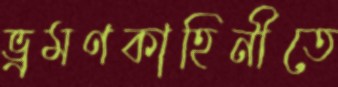
ভ্রমণকাহিনীতে